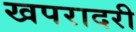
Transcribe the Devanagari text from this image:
खपरादरी